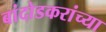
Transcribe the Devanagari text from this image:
बांदोडकरांच्या